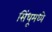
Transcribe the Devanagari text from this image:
सिंधूमध्ये